画像に写った文字を読んでください
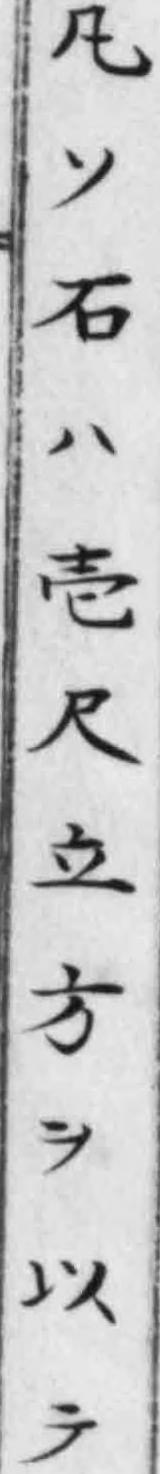
「凡ソ石ハ壱尺立方ヲ以テ」と書いてあります